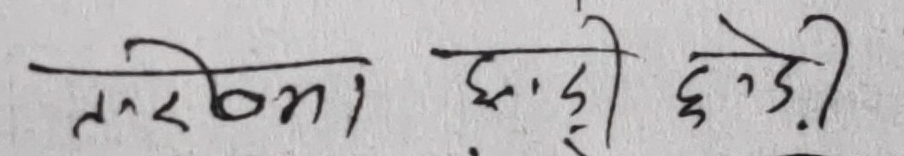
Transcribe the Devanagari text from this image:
तरुणा छाड़ी छोड़ी